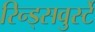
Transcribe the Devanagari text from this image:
रिन्ड्सवुर्स्टे